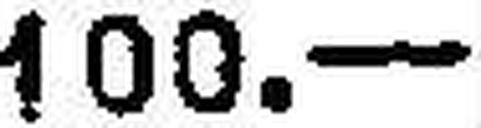
100.—